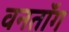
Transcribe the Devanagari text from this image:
वनतॉंग